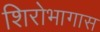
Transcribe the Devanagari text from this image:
शिरोभागास